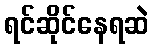
ရင်ဆိုင်နေရဆဲ